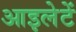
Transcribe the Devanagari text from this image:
आइलेटें